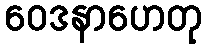
ဝေဒနာဟေတု